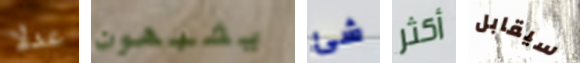
عدلا يشبهون شئ أكثر سيقابل